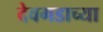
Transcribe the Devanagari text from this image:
देवगडाच्या